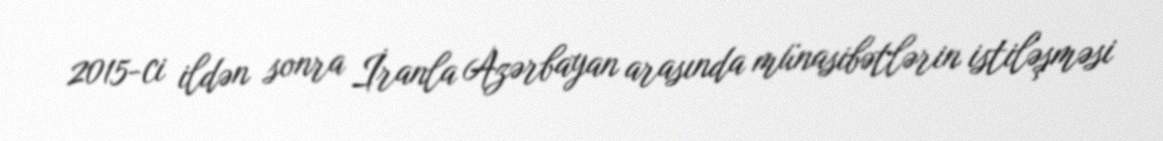
2015-ci ildən sonra İranla Azərbayan arasında münasibətlərin istiləşməsi